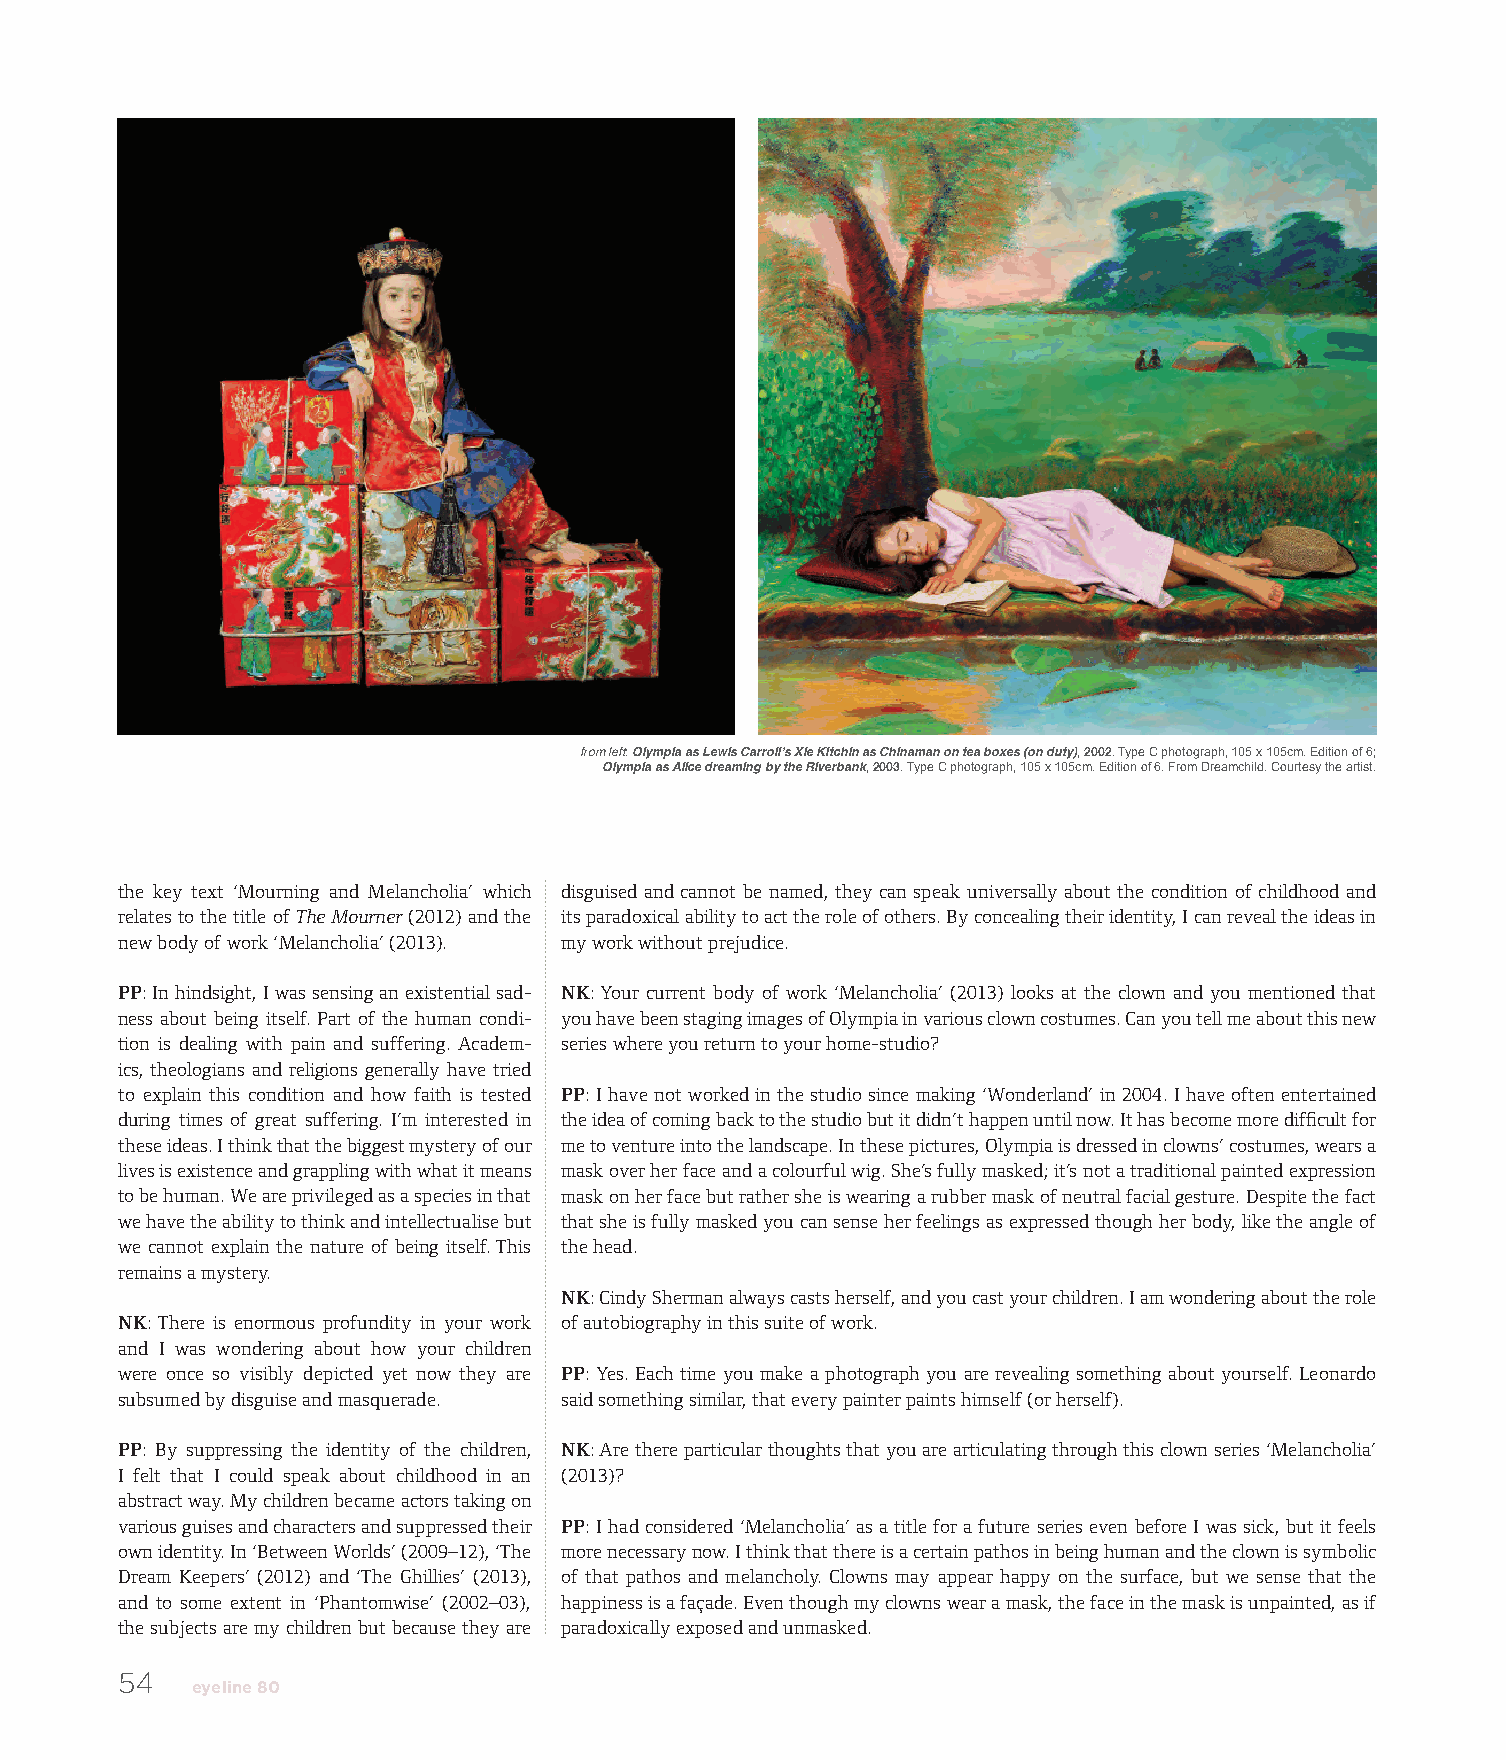
from left: Olympia as Lewis Carroll’s Xie Kitchin as Chinaman on tea boxes (on duty), 2002. Type C photograph, 105 x 105cm. Edition of 6;
 Olympia as Alice dreaming by the Riverbank, 2003. Type C photograph, 105 x 105cm. Edition of 6. From Dreamchild. Courtesy the artist.
 the key text ‘Mourning and Melancholia’ which disguised and cannot be named, they can speak universally about the condition of childhood and
 relates to the title of The Mourner (2012) and the its paradoxical ability to act the role of others. By concealing their identity, I can reveal the ideas in
 new body of work ‘Melancholia’ (2013). my work without prejudice.
 PP: In hindsight, I was sensing an existential sad- NK: Your current body of work ‘Melancholia’ (2013) looks at the clown and you mentioned that
 ness about being itself. Part of the human condi- you have been staging images of Olympia in various clown costumes. Can you tell me about this new
 tion is dealing with pain and suffering. Academ- series where you return to your home-studio?
 ics, theologians and religions generally have tried
 to explain this condition and how faith is tested PP: I have not worked in the studio since making ‘Wonderland’ in 2004. I have often entertained
 during times of great suffering. I’m interested in the idea of coming back to the studio but it didn’t happen until now. It has become more difficult for
 these ideas. I think that the biggest mystery of our me to venture into the landscape. In these pictures, Olympia is dressed in clowns’ costumes, wears a
 lives is existence and grappling with what it means mask over her face and a colourful wig. She’s fully masked; it’s not a traditional painted expression
 to be human. We are privileged as a species in that mask on her face but rather she is wearing a rubber mask of neutral facial gesture. Despite the fact
 we have the ability to think and intellectualise but that she is fully masked you can sense her feelings as expressed though her body, like the angle of
 we cannot explain the nature of being itself. This the head.
 remains a mystery.
 NK: Cindy Sherman always casts herself, and you cast your children. I am wondering about the role
 NK: There is enormous profundity in your work of autobiography in this suite of work.
 and I was wondering about how your children
 were once so visibly depicted yet now they are PP: Yes. Each time you make a photograph you are revealing something about yourself. Leonardo
 subsumed by disguise and masquerade. said something similar, that every painter paints himself (or herself).
 PP: By suppressing the identity of the children, NK: Are there particular thoughts that you are articulating through this clown series ‘Melancholia’
 I felt that I could speak about childhood in an (2013)?
 abstract way. My children became actors taking on
 various guises and characters and suppressed their PP: I had considered ‘Melancholia’ as a title for a future series even before I was sick, but it feels
 own identity. In ‘Between Worlds’ (2009–12), ‘The more necessary now. I think that there is a certain pathos in being human and the clown is symbolic
 Dream Keepers’ (2012) and ‘The Ghillies’ (2013), of that pathos and melancholy. Clowns may appear happy on the surface, but we sense that the
 and to some extent in ‘Phantomwise’ (2002–03), happiness is a façade. Even though my clowns wear a mask, the face in the mask is unpainted, as if
 the subjects are my children but because they are paradoxically exposed and unmasked.
 54
 eyeline 80